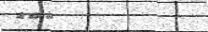
١٨٠